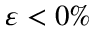
\varepsilon < 0 \%